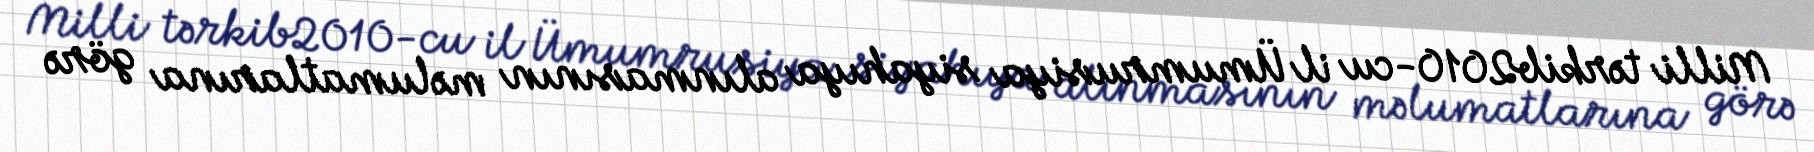
Milli tərkib2010-cu il Ümumrusiya siyahıya alınmasının məlumatlarına görə